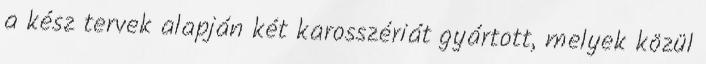
a kész tervek alapján két karosszériát gyártott, melyek közül